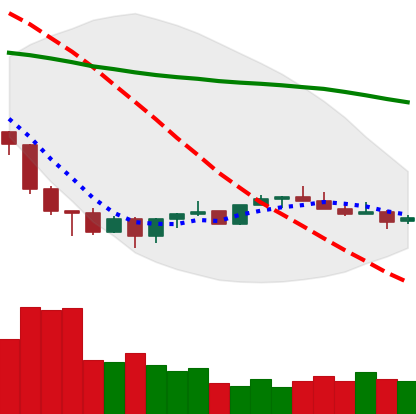
Ticker: XMR-USD
Chart end date: 2022-07-01
Forward return: 9.088%
Label: up_7plus